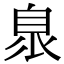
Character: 𦤌